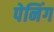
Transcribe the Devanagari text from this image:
पेनिंग